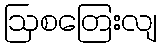
ဩစတြေးလျ